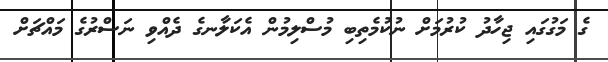
ގެ މަގުގައި ޖިހާދު ކުރުމަށް ނުކުމެތިބި މުސްލިމުން އެކަލާނގެ ދެއްވި ނަސްރުގެ މައްޗަށް